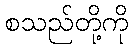
စသည်တို့ကို